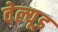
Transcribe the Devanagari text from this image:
वेल्यूड